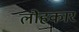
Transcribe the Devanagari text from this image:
लौहकार